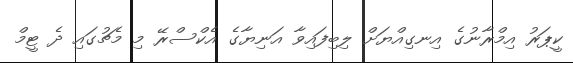
ކީޕަރު އިމްރާނުގެ އިނގިއްޔަށް ލިބިފައިވާ އަނިޔާގެ އެކްސްރޭ މި މެޗުގައި ދެ ޓީމް